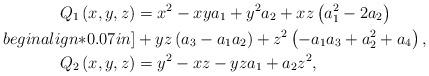
LaTeX: \begin{align*}Q_{1}\left( x,y,z\right) & =x^{2}-xya_{1}+y^{2}a_{2}+xz\left( a_{1}^{2}-2a_{2}\right) \\begin{align*}0.07in]& +yz\left( a_{3}-a_{1}a_{2}\right) +z^{2}\left( -a_{1}a_{3}+a_{2}^{2}+a_{4}\right) ,\\Q_{2}\left( x,y,z\right) & =y^{2}-xz-yza_{1}+a_{2}z^{2},\end{align*}